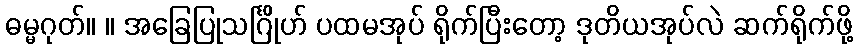
ဓမ္မဂုတ်။ ။ အခြေပြုသင်္ဂြိုဟ် ပထမအုပ် ရိုက်ပြီးတော့ ဒုတိယအုပ်လဲ ဆက်ရိုက်ဖို့